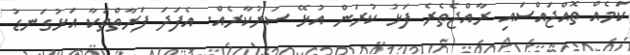
ކަމެއް ތޮއްޖައްސައި ރާއްޖެތެރެ ފަޅު ކުރަން އުޅޭ ސަރުކާރެއް. އެފަދަ ފަރާތްތަކާ އަޅުގަނޑު